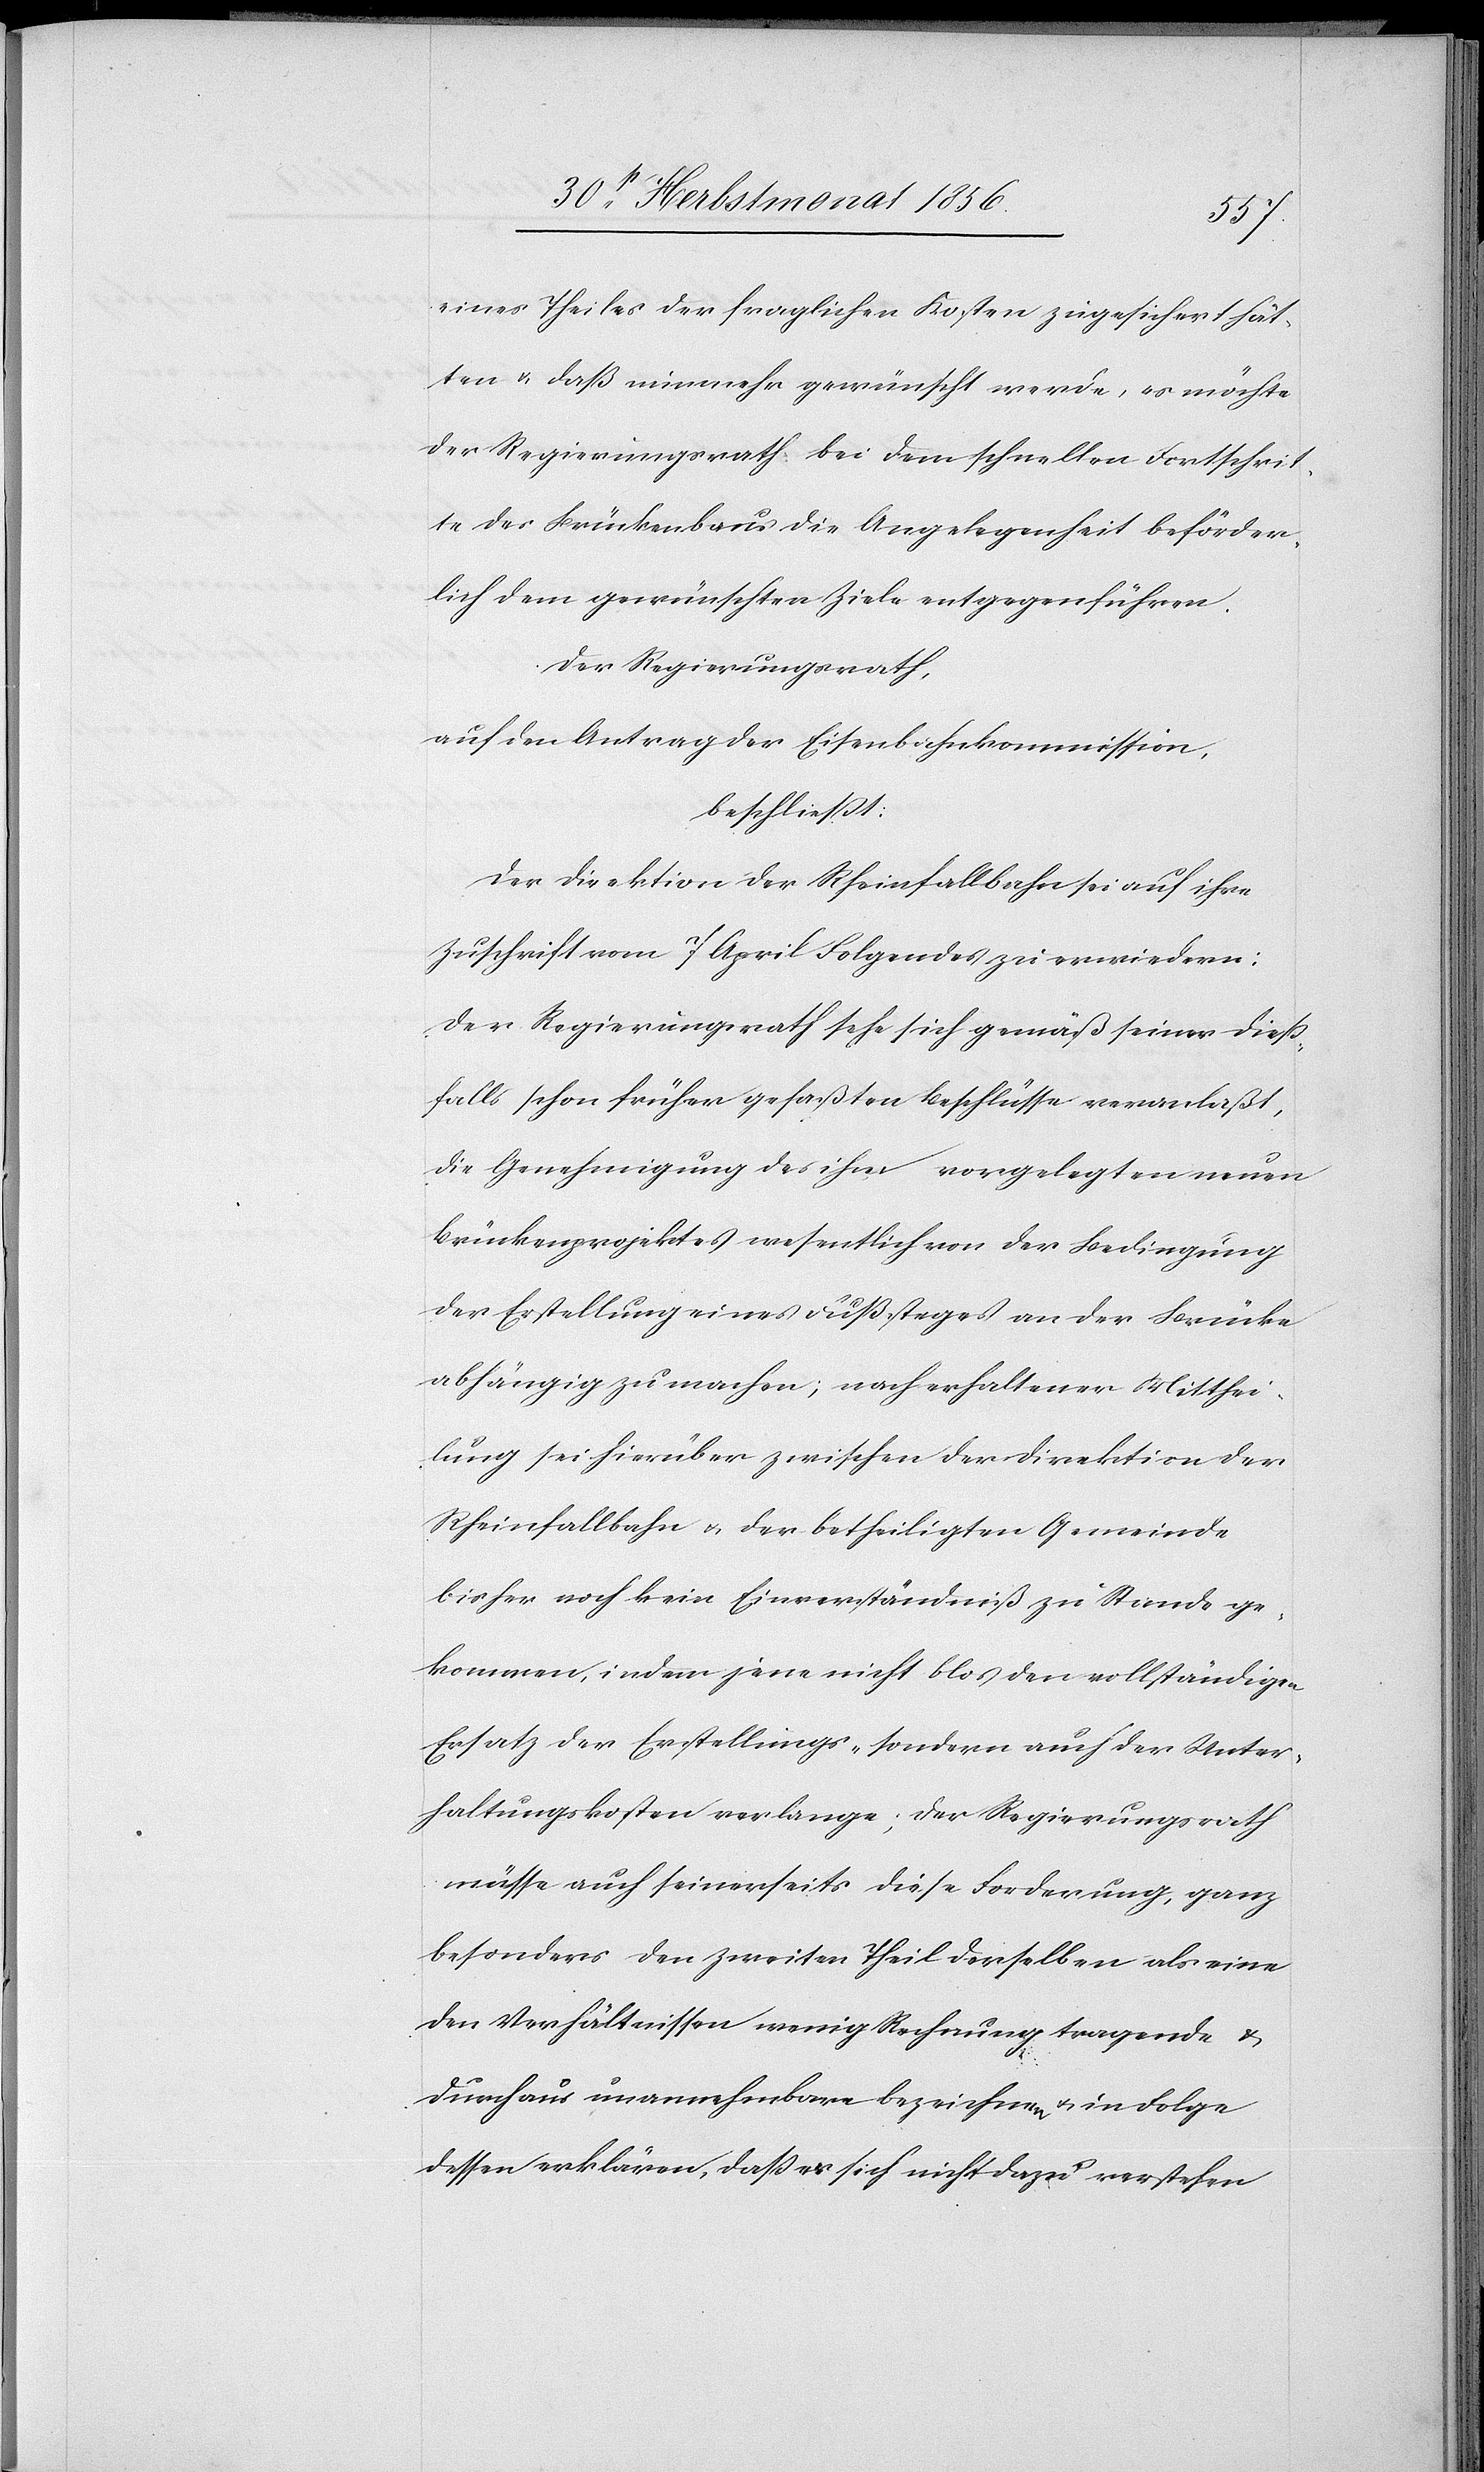
eines Theiles der fraglichen Kosten zugesichert hät¬
ten & daß nunmehr gewünscht werde, es möchte
der Regierungsrath bei dem schnellen Fortschrit¬
te des Brückenbaus die Angelegenheit beförder¬
lich dem gewünschten Ziele entgegenführen.
Der Regierungsrath,
auf den Antrag der Eisenbahnkommission,
beschließt:
Der Direktion der Rheinfallbahn sei auf ihre
Zuschrift vom 7 April Folgendes zu erwiedern:
Der Regierungsrath sehe sich gemäß seiner diess¬
falls schon früher gefaßten Beschlüsse veranlaßt,
die Genehmigung des ihm vorgelegten neuen
Brückenprojektes wesentlich von der Bedingung
der Erstellung eines Fußsteges an der Brücke
abhängig zu machen; nach erhaltener Mitthei¬
lung sei hierüber zwischen der Direktion der
Rheinfallbahn u. der betheiligten Gemeinde
bisher noch kein Einverständniß zu Stande ge¬
kommen, indem jene nicht blos den vollständigen
Ersatz der Erstellungs- sondern auch der Unter¬
haltungskosten verlange; der Regierungsrath
müsse auch seinerseits diese Forderung, ganz
besonders den zweiten Theil derselben als eine
den Verhältnissen wenig Rechnung tragende &
durchaus unannehmbare bezeichnen u. in Folge
dessen erklären, dass er sich nicht dazu verstehen